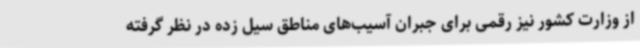
از وزارت کشور نیز رقمی برای جبران آسیب‌های مناطق سیل زده در نظر گرفته